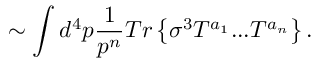
\sim \int d ^ { 4 } p \frac { 1 } { p ^ { n } } T r \left\{ \sigma ^ { 3 } { \cal T } ^ { a _ { 1 } } . . . { \cal T } ^ { a _ { n } } \right\} .